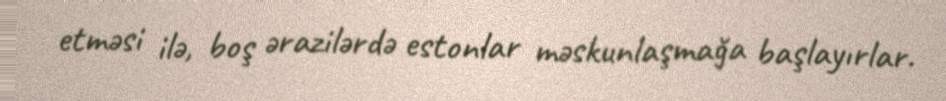
etməsi ilə, boş ərazilərdə estonlar məskunlaşmağa başlayırlar.